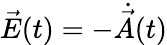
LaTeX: \vec{E}(t)=-\dot{\vec{A}}(t)